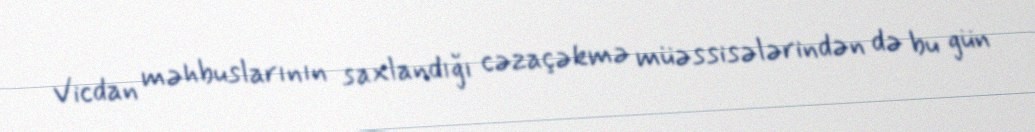
Vicdan məhbuslarının saxlandığı cəzaçəkmə müəssisələrindən də bu gün